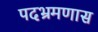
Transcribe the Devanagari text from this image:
पदभ्रमणास